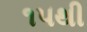
૧૫થી